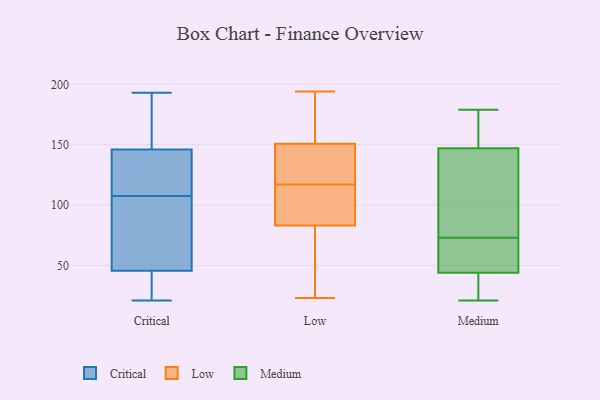
{"axis": {"x": "Gross Profit (USD K)", "y": "Value"}, "legend": ["Critical", "Low", "Medium"], "data": [{"x": "", "y": 26, "type": "Critical"}, {"x": "", "y": 21, "type": "Critical"}, {"x": "", "y": 70, "type": "Critical"}, {"x": "", "y": 47, "type": "Critical"}, {"x": "", "y": 179, "type": "Critical"}, {"x": "", "y": 116, "type": "Critical"}, {"x": "", "y": 44, "type": "Critical"}, {"x": "", "y": 174, "type": "Critical"}, {"x": "", "y": 127, "type": "Critical"}, {"x": "", "y": 128, "type": "Critical"}, {"x": "", "y": 29, "type": "Critical"}, {"x": "", "y": 55, "type": "Critical"}, {"x": "", "y": 51, "type": "Critical"}, {"x": "", "y": 193, "type": "Critical"}, {"x": "", "y": 155, "type": "Critical"}, {"x": "", "y": 137, "type": "Critical"}, {"x": "", "y": 103, "type": "Critical"}, {"x": "", "y": 44, "type": "Critical"}, {"x": "", "y": 177, "type": "Critical"}, {"x": "", "y": 112, "type": "Critical"}, {"x": "", "y": 125, "type": "Low"}, {"x": "", "y": 74, "type": "Low"}, {"x": "", "y": 79, "type": "Low"}, {"x": "", "y": 194, "type": "Low"}, {"x": "", "y": 95, "type": "Low"}, {"x": "", "y": 51, "type": "Low"}, {"x": "", "y": 112, "type": "Low"}, {"x": "", "y": 152, "type": "Low"}, {"x": "", "y": 23, "type": "Low"}, {"x": "", "y": 147, "type": "Low"}, {"x": "", "y": 117, "type": "Low"}, {"x": "", "y": 156, "type": "Low"}, {"x": "", "y": 135, "type": "Low"}, {"x": "", "y": 109, "type": "Low"}, {"x": "", "y": 179, "type": "Low"}, {"x": "", "y": 147, "type": "Medium"}, {"x": "", "y": 46, "type": "Medium"}, {"x": "", "y": 44, "type": "Medium"}, {"x": "", "y": 82, "type": "Medium"}, {"x": "", "y": 147, "type": "Medium"}, {"x": "", "y": 28, "type": "Medium"}, {"x": "", "y": 90, "type": "Medium"}, {"x": "", "y": 37, "type": "Medium"}, {"x": "", "y": 167, "type": "Medium"}, {"x": "", "y": 179, "type": "Medium"}, {"x": "", "y": 84, "type": "Medium"}, {"x": "", "y": 64, "type": "Medium"}, {"x": "", "y": 54, "type": "Medium"}, {"x": "", "y": 21, "type": "Medium"}]}